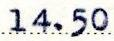
14.50